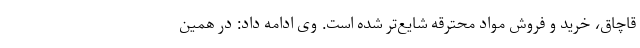
قاچاق، خرید و فروش مواد محترقه شایع‌تر شده است. وی ادامه داد: در همین